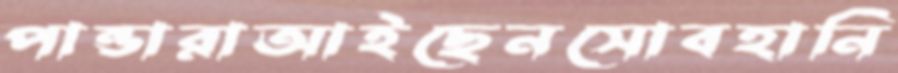
পান্ডারাআইছেনসোবহানি